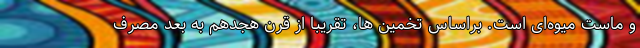
و ماست میوه‌ای است. براساس تخمین ها، تقریبا از قرن هجدهم به بعد مصرف